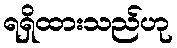
ရရှိထားသည်ဟု